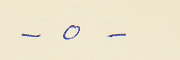
- ٥ -